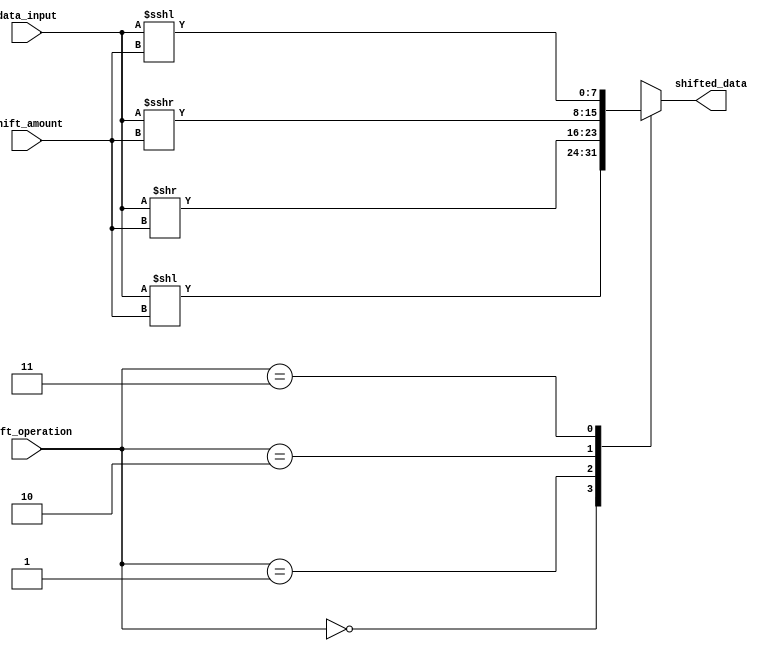
module Sparse_Barrel_Shifter(
    input [7:0] data_input,
    input [2:0] shift_amount,
    input [1:0] shift_operation,
    output reg [7:0] shifted_data
);

reg [7:0] input_reg;
reg [7:0] output_reg;

always @(*) begin
    input_reg = data_input;
    
    case(shift_operation)
        2'b00: output_reg = input_reg << shift_amount;
        2'b01: output_reg = input_reg >> shift_amount;
        2'b10: output_reg = input_reg >>> shift_amount;
        2'b11: output_reg = input_reg <<< shift_amount;
    endcase
end

assign shifted_data = output_reg;

endmodule